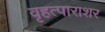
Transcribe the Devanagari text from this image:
वृहत्पाराशर